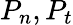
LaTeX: P_{n},P_{t}